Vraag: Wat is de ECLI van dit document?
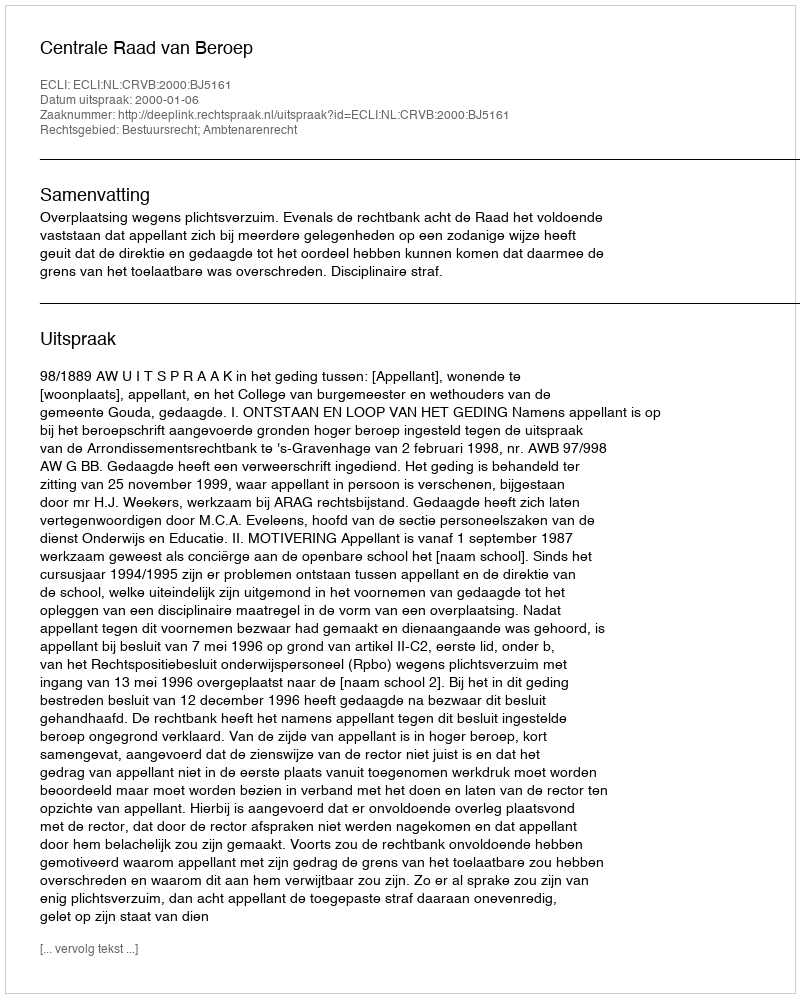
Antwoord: ECLI:NL:CRVB:2000:BJ5161